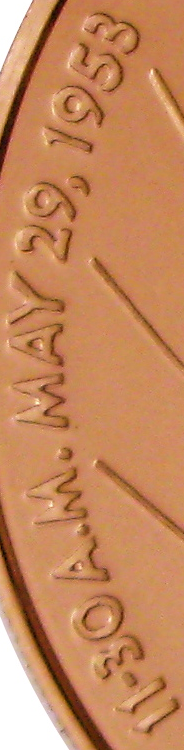
11-30A.M.MAY 29, 1953